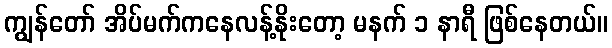
ကျွန်တော် အိပ်မက်ကနေလန့်နိုးတော့ မနက် ၁ နာရီ ဖြစ်နေတယ်။